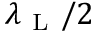
\lambda _ { \mathrm { ~ L ~ } } / 2